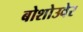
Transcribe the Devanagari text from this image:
बोशोउवेर